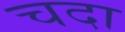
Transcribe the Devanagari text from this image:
चदा